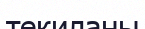
текиланы